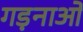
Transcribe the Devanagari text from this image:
गड़नाओ